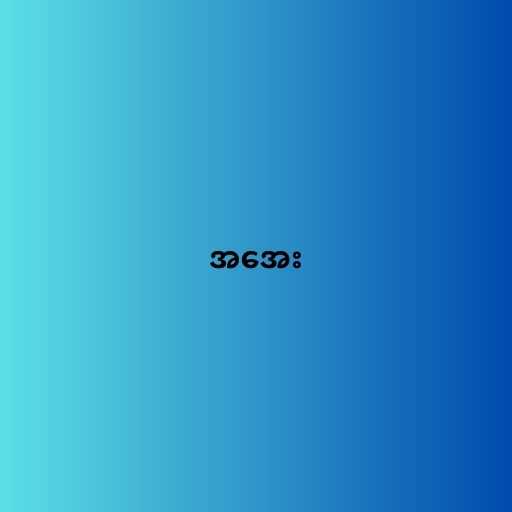
အအေး